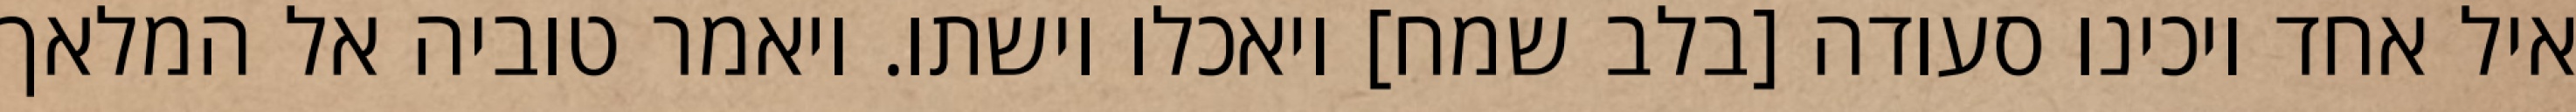
איל אחד ויכינו סעודה [בלב שמח] ויאכלו וישתו. ויאמר טוביה אל המלאך